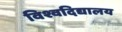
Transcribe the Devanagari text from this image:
विश्वदिद्यालय